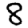
Digit: 8